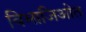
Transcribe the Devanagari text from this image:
विभाजिओत